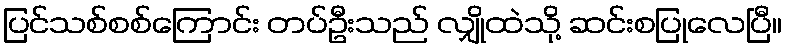
ပြင်သစ်စစ်ကြောင်း တပ်ဦးသည် လျှိုထဲသို့ ဆင်းစပြုလေပြီ။